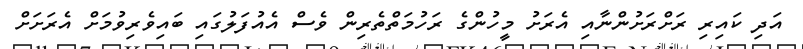
އަދި ކައިރި ރަށްރަށުންނާއި އެރަށު މީހުންގެ ރަހުމަތްތެރިން ވެސް އެއުފަލުގައި ބައިވެރިވުމަށް އެރަށަށް